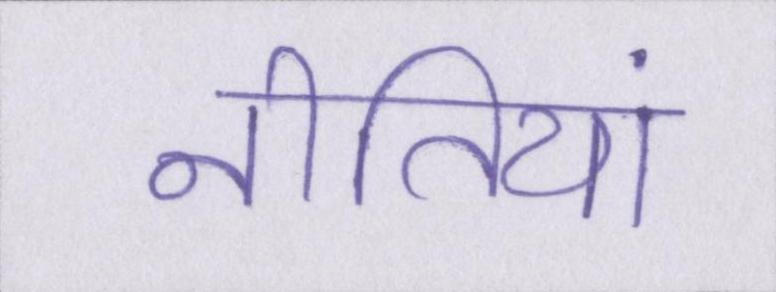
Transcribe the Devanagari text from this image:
नीतियां